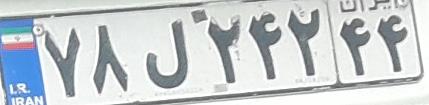
۷۸ل۲۴۲۴۴